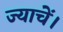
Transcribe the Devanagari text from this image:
ज्याचें।